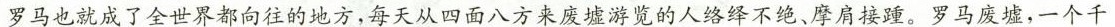
罗马也就成了全世界都向往的地方，每天从四面八方来废墟游览的人络绎不绝、摩肩接踵。罗马废墟，一个千